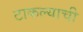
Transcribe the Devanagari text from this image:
टाकल्याची